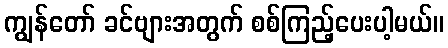
ကျွန်တော် ခင်ဗျားအတွက် စစ်ကြည့်ပေးပါ့မယ်။